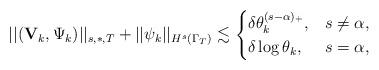
LaTeX: \begin{align*}||({\mathbf V}_k,\Psi_k)||_{s,\ast,T}+||\psi_k||_{H^{s}(\Gamma_T)}\lesssim \begin{cases}\delta \theta^{(s-\alpha)_+}_k, &s\neq\alpha,\\\delta \log\theta_k, & s=\alpha,\\\end{cases}\end{align*}